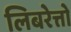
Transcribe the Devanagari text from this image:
लिबरेत्तो